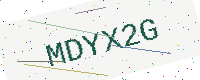
Text: MDYX2G